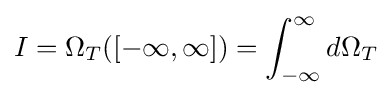
I=\Omega _{T}([-\infty ,\infty ])=\int _{-\infty }^{\infty }d\Omega _{T}